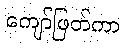
ကျော်ဖြတ်ကာ